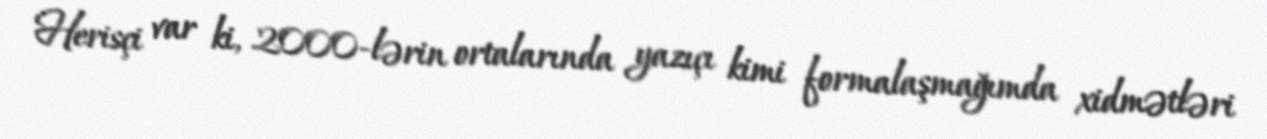
Herisçi var ki, 2000-lərin ortalarında yazıçı kimi formalaşmağımda xidmətləri